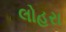
લોહરા